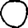
Digit: 0